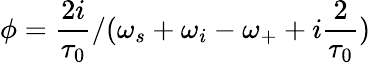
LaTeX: \phi=\frac{2i}{\tau_{0}}/(\omega_{s}+\omega_{i}-\omega_{+}+i\frac{2}{\tau_{0}})